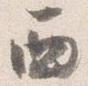
西